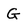
Character: G